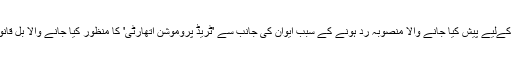
لیکن بے روزگار کارکنوں کی مدد کےلیے پیش کیا جانے والا منصوبہ رد ہونے کے سبب ایوان کی جانب سے 'ٹریڈ پروموشن اتھارٹی' کا منظور کیا جانے والا بِل قانون کی شکل اختیار نہیں کرسکے گا۔